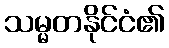
သမ္မတနိုင်ငံ၏